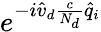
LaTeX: e^{-i\hat{v}_{d}\frac{c}{N_{d}}\hat{q}_{i}}